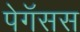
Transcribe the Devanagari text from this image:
पेगॅसस